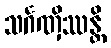
သင်္ဂဏှိဿန္တိ